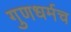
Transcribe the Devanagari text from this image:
गुणधर्मच